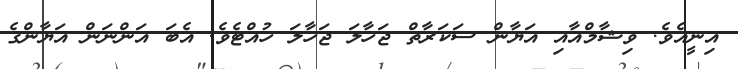
އިނީއެވެ. ވިޝާމްއާއި އަޔާން ސަކަރާތް ޖަހާލަ ޖަހާލަ ހުއްޓެވެ. އެބަ އަންނަން އަޔާންގެ